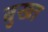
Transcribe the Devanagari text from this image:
बुख्त